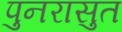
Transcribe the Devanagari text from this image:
पुनरासुत